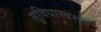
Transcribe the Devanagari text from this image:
सुविधास्वरूप